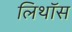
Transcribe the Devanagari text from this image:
लिथॉस